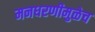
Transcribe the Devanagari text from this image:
मनधरणीमुळेच